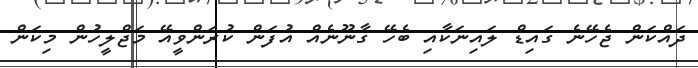
ދައްކަން ޖެހޭނެ ގައިޑް ލައިނަކާއި ބެހޭ ގާނޫނެއް އުފަން ކުރަންވީއޭ މަޖްލީހުން މިކަން